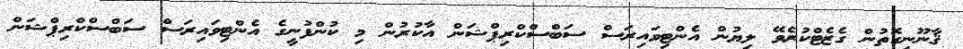
ޤާނޫނީގޮތުން ގެޒެޓްކުރެވޭ ލިޔުން އެންޓިވައިރަސް ސަބްސްކްރިޕްޝަން އާކުރުން މި ކުންފުނީގެ އެންޓިވައިރަސް ސަބްސްކްރިޕްޝަން